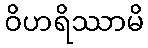
ဝိဟရိဿာမိ